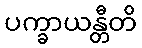
ပက္ခာယန္တီတိ